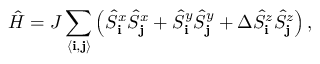
\hat { H } = J \sum _ { \langle { \bf i } , { \bf j } \rangle } \left( \hat { S } _ { \bf i } ^ { x } \hat { S } _ { \bf j } ^ { x } + \hat { S } _ { \bf i } ^ { y } \hat { S } _ { \bf j } ^ { y } + \Delta \hat { S } _ { \bf i } ^ { z } \hat { S } _ { \bf j } ^ { z } \right) ,